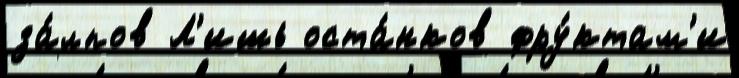
за́лпов Л'ишь оста́нков фру́ктам'и